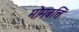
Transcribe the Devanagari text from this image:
मोमबत्ति